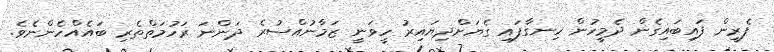
ފެރީން ފައިބައިގެން ދެމީހުން ހިނގާފައި ގެޔަށްދިޔައިރު ހީވަނީ ޒަމާނުއްސުރެ ދަންނަ ރަހުމަތްތެރި ބައެއްހެންނެވެ.